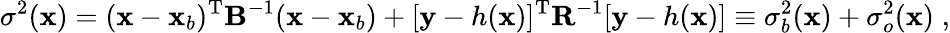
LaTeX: \sigma^{2}({\mathbf x})=({\mathbf x}-{\mathbf x}_{b})^{\mathrm{T}}{\mathbf B}^{-1}({\mathbf x}-{\mathbf x}_{b})+[{\mathbf y}-h({\mathbf x})]^{\mathrm{T}}{\mathbf R}^{-1}[{\mathbf y}-h({\mathbf x})]\equiv\sigma_{b}^{2}({\mathbf x})+\sigma_{o}^{2}({\mathbf x})\; ,